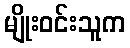
မျိုးဝင်းသူက